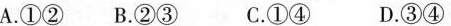
A.①② B.②③ C.①④ D.34